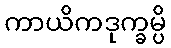
ကာယိကဒုက္ခမ္ပိ